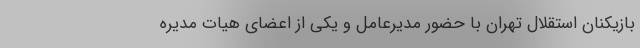
بازیکنان استقلال تهران با حضور مدیرعامل و یکی از اعضای هیات مدیره